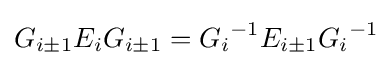
G_{i\pm 1}E_{i}G_{i\pm 1}={G_{i}}^{-1}E_{i\pm 1}{G_{i}}^{-1}